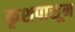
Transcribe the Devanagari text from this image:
कृशपासून